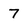
Character: 7